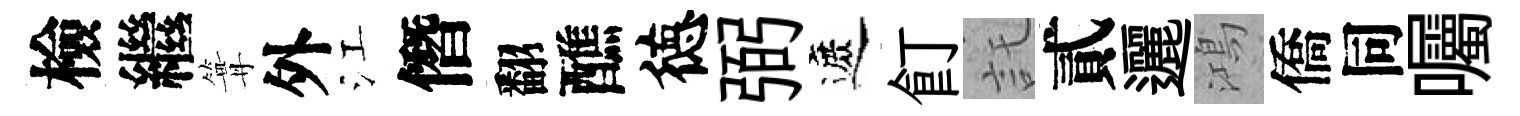
檢繼篝外江僭翻醮徳弼遮飣託貳邐鴻僑同囑